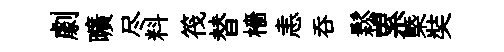
劇曠尽料筏替檣恚呑鬆累槩奘